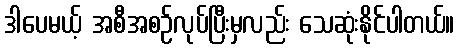
ဒါပေမယ့် အစီအစဉ်လုပ်ပြီးမှလည်း သေဆုံးနိုင်ပါတယ်။